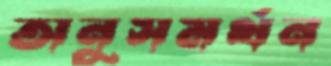
অনুসমর্থন